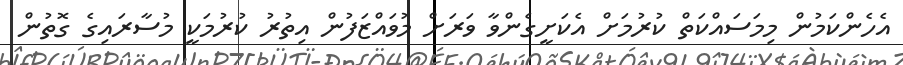
އެހެންކަމުން މިމަސައްކަތް ކުރުމަށް އެކަށީގެންވާ ވަރަށް މުވައްޒަފުން އިތުރު ކުރުމަކީ މުސާރައިގެ ގޮތުން